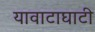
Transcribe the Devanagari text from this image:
यावाटाघाटी